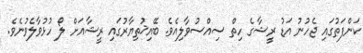
ކަންފަތުގައި ޖެހުނު އަޑު ރީޝާގެ ހިތް ސިއްސުވާލިއެވެ. ބޭއިޚުތިޔާރުގައި ރީޝާއަށް ލޯ ހުޅުވާލެވުނެވެ.